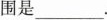
围是___.